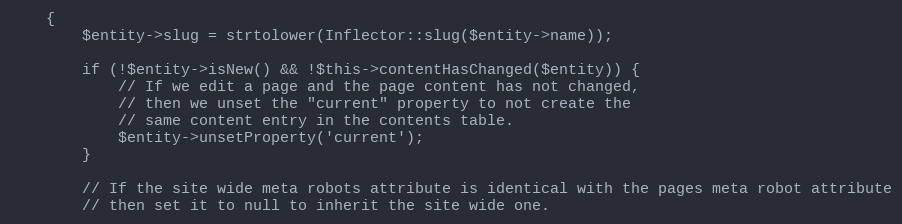
Language: PHP
    {
        $entity->slug = strtolower(Inflector::slug($entity->name));

        if (!$entity->isNew() && !$this->contentHasChanged($entity)) {
            // If we edit a page and the page content has not changed,
            // then we unset the "current" property to not create the
            // same content entry in the contents table.
            $entity->unsetProperty('current');
        }

        // If the site wide meta robots attribute is identical with the pages meta robot attribute
        // then set it to null to inherit the site wide one.